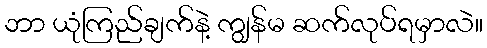
ဘာ ယုံကြည်ချက်နဲ့ ကျွန်မ ဆက်လုပ်ရမှာလဲ။